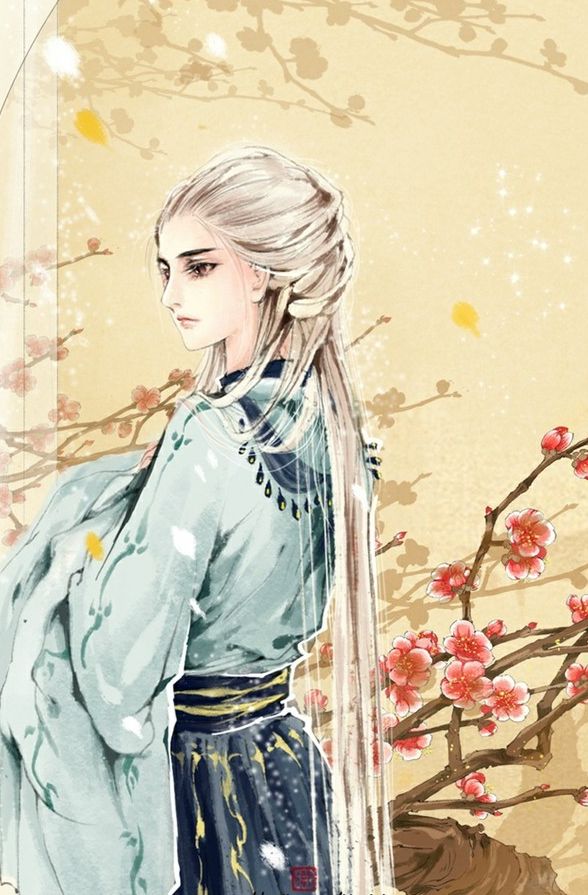
云鬟绿鬓罢梳结，愁如回飙乱白雪。